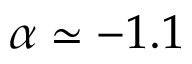
\alpha \simeq - 1 . 1